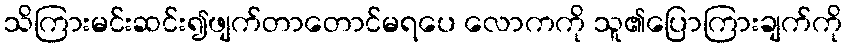
သိကြားမင်းဆင်း၍ဖျက်တာတောင်မရပေ လောကကို သူ၏ပြောကြားချက်ကို